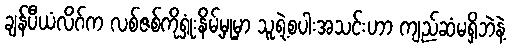
ချန်ပီယံလိဂ်က လစ်ဇစ်ကိုရှုံးနိမ့်မှုမှာ သူ့ရဲ့စပါးအသင်းဟာ ကျည်ဆံမရှိဘဲနဲ့